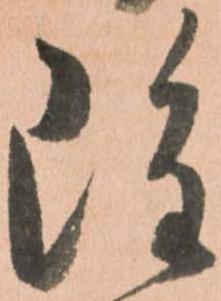
雖